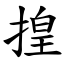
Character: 揘